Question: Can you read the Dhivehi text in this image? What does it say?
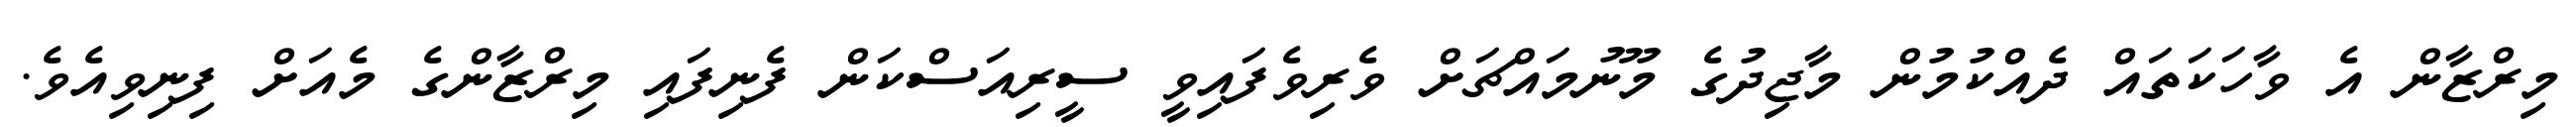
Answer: މިރްޒާން އެ ވާހަކަތައް ދެއްކުމުން މާޖިދުގެ މޫނުމައްޗަށް ވެރިވެފައިވީ ސީރިއަސްކަން ފެނިފައި މިރްޒާންގެ މެއަށް ފިނިވިއެވެ.